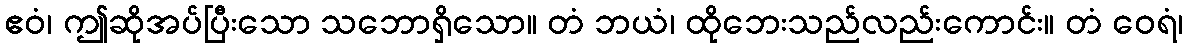
ဧဝံ၊ ဤဆိုအပ်ပြီးသော သဘောရှိသော။ တံ ဘယံ၊ ထိုဘေးသည်လည်းကောင်း။ တံ ဝေရံ၊